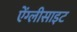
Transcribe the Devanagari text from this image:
ऐंग्लीसाइट